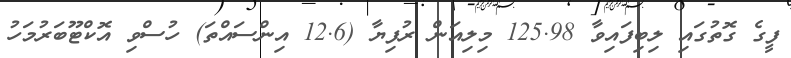
ފީގެ ގޮތުގައި ލިބިފައިވާ 125.98 މިލިއަން ރުފިޔާ (12.6 އިންސައްތަ) ހުސްވި އޮކްޓޫބަރުމަހު